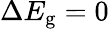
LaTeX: \Delta E_{\mathrm{g}}=0